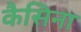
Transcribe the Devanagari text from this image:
कैसिना